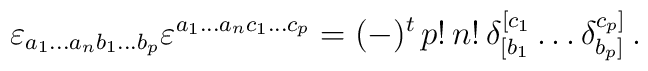
\varepsilon_{a_1\ldots a_nb_1\ldots b_p} \varepsilon^{a_1\ldots a_nc_1\ldots c_p}=(-)^t\, p!\, n!\, \delta_{[b_1}^{[c_1}\ldots \delta_{b_p]}^{c_p]}\,.